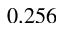
0 . 2 5 6